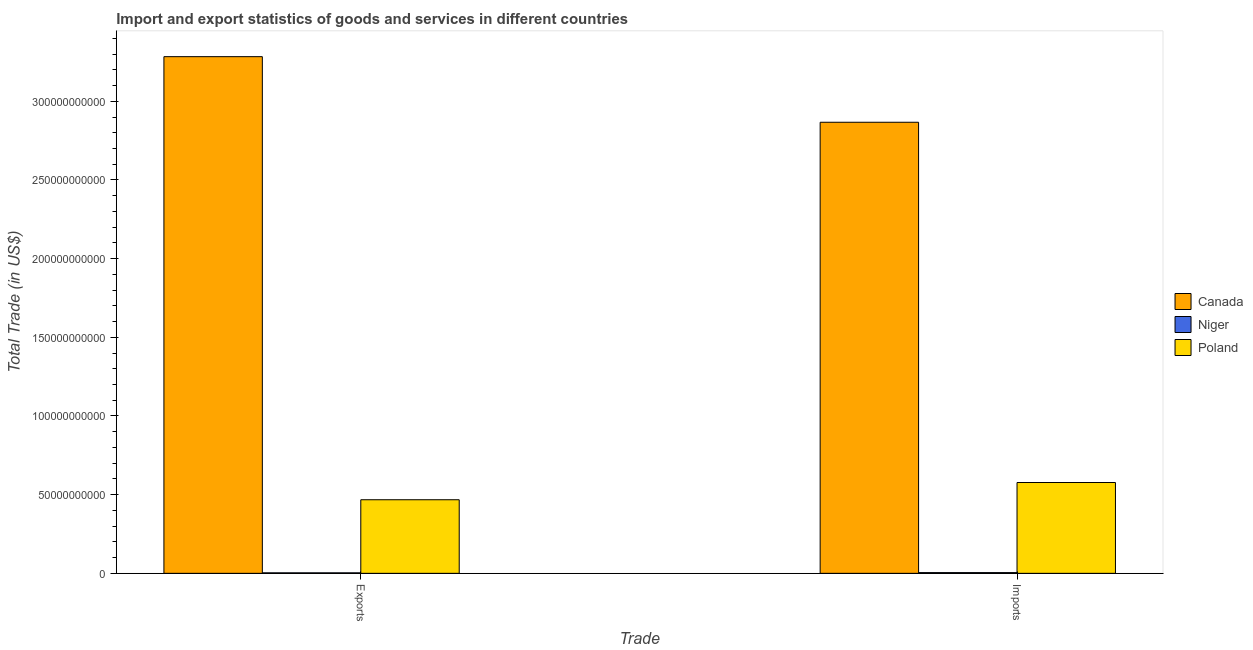
| Trade | Canada | Niger | Poland |
 | --- | --- | --- | --- |
 | Exports | 3.28e+11 | 3.2e+08 | 4.68e+10 |
 | Imports | 2.87e+11 | 4.62e+08 | 5.77e+10 |